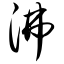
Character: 沸